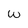
Character: W